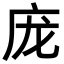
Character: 庞